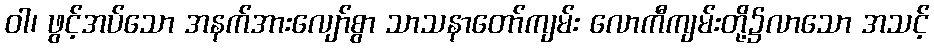
ဝါ၊ ဖွင့်အပ်သော အနက်အားလျော်စွာ သာသနာတော်ကျမ်း လောကီကျမ်းတို့၌လာသော အသင့်